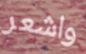
واشعر